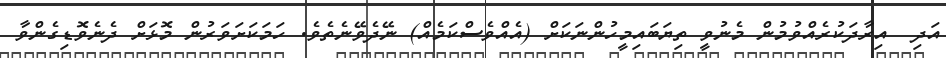
އަދި  އިރާދަކުރެއްވުމުން މެނުވީ ތިޔަބައިމީހުންނަކަށް (އެއްވެސްކަމެއް) ނޭދެވޭނެތެވެ. ހަމަކަށަވަރުން މޮޅަށް ދެނެވޮޑިގެންވާ